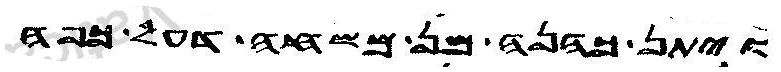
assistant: ויתן כהנה מן משחה דעל כפה